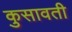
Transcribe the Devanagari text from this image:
कुसावती